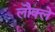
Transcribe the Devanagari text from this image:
लौक्ले